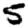
Digit: 5